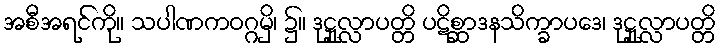
အစီအရင်ကို။ သပါဏကဝဂ္ဂမှိ၊ ၌။ ဒုဋ္ဌုလ္လာပတ္တိ ပဋိစ္ဆာဒနသိက္ခာပဒေ၊ ဒုဋ္ဌုလ္လာပတ္တိ